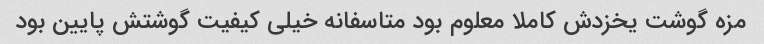
مزه گوشت یخزدش کاملا معلوم بود متاسفانه خیلی کیفیت گوشتش پایین بود